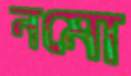
নমো